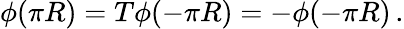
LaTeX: \phi(\pi R)=T\phi(-\pi R)=-\phi(-\pi R)\, .